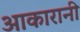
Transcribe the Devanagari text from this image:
आकारानी